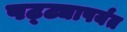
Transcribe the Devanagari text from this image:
पट्‍ट्यापर्यंत